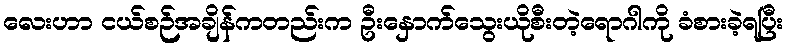
လေးဟာ ငယ်စဉ်အချိန်ကတည်းက ဦးနှောက်သွေးယိုစီးတဲ့ရောဂါကို ခံစားခဲ့ရပြီး